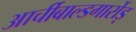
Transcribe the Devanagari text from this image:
आर्चीबाल्डगार्रोड़